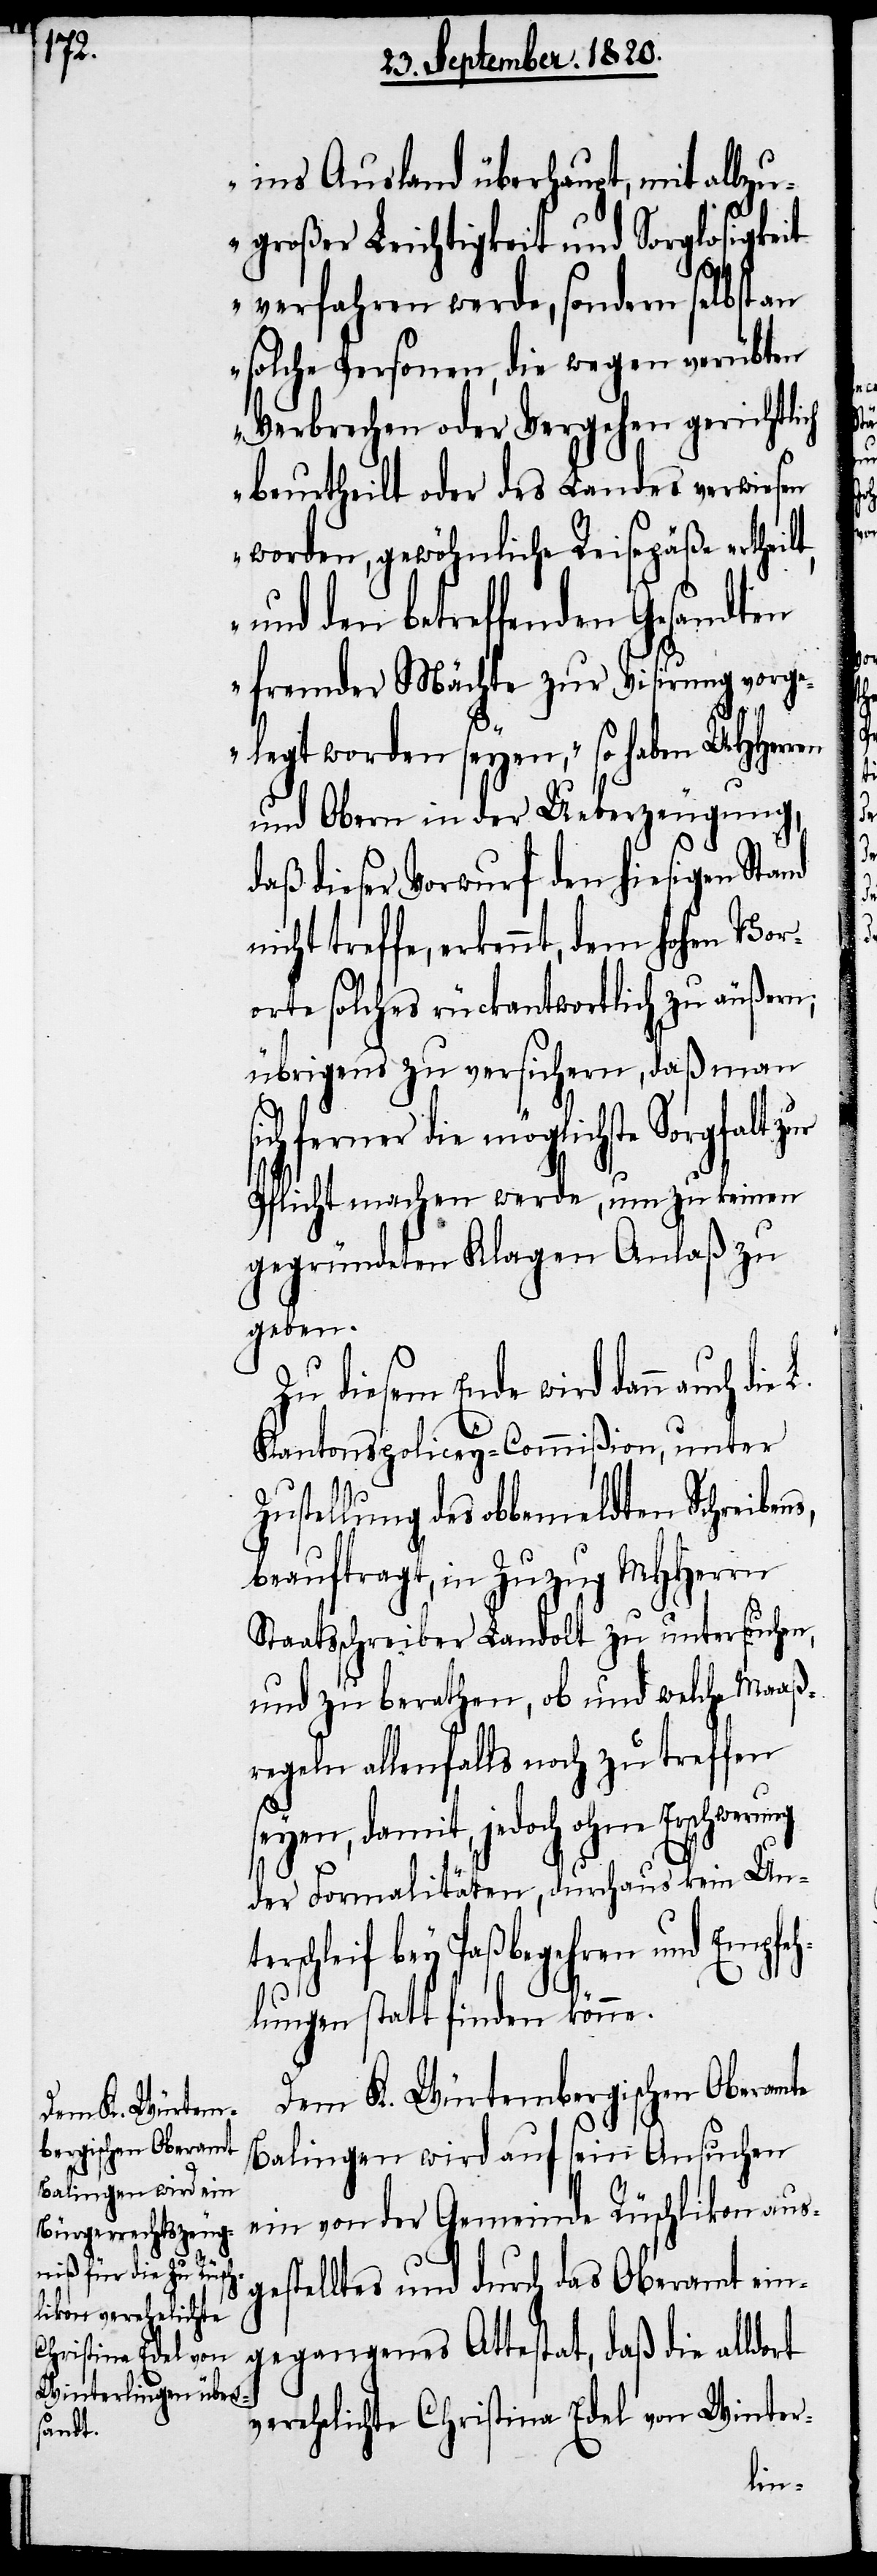
ins Ausland überhaupt, mit allzu¬
großer Leichtigkeit und Sorglosigkeit
verfahren werde, sondern selbst an
solche Personen, die wegen verübten
Verbrechen oder Vergehen gerichtlich
beurtheilt oder des Landes verwiesen
worden, gewöhnliche Reisepäße ertheilt,
und den betreffenden Gesandten
fremder Mächte zur Visierung vorge¬
rt
legt worden seyen“, so haben UHherren
und Obern in der Ueberzeugung,
daß dieser Vorwurf den hiesigen Stand
treffe, erkennt, dem hohen Vor¬
orte solches rückantwortlich zu äußern;
übrigens zu verzichten, daß man
ich ferner die möglichste Sorgfalt zur
Pflicht machen werde, um zu keinen
gegründeten Klagen Anlaß zu
geben.
Zu diesem Ende wird dann auch
Kantonspolicey-Commißion, unter
ustellung des obbemeldten Schreiben¬
beauftragt, in Zuzug MHherrn
Staatsschreiber Landolt zu untersuchen,
und zu berathen, ob und welche Maaß¬
regeln allenfalls noch zu treffen
seyen, damit, jedoch ohne Erschweru¬
der Formalitäten, durchaus kein Unte¬
rschleif bey Paßbegehren und Empfe¬
hlungen statt finden könne.
Dem K. Würtem¬
bergischen Oberamte
Balingen wird auf sein Ansuchen
ein von der Gemeinde Rüschlikon aus¬
gestelltes und durch das Oberamt ein¬
gegangenes Attestat, daß die alldo¬
verehelichte Christina Edel von Winter-